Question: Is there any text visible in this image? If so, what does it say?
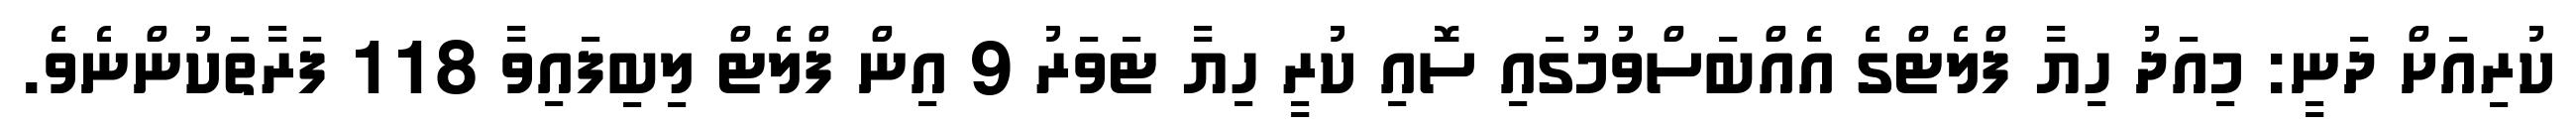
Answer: ކުރިއަށް ދަނީ: މިއަދު ހިޔާ ފްލެޓްގެ އެއްބަސްވުމުގައި ސޮއި ކުރީ ހިޔާ ޓަވަރު 9 އިން ފްލެޓް ލިބިފައިވާ 118 ފަރާތަކުންނެވެ.